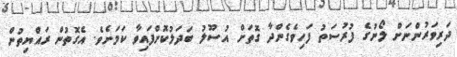
ދަރިވަރުންނަށް ލޯނުގެ ފުރުސަތު ފަހިވެގެންދާ ގޮތަށް އުސޫލު ބަދަލުކޮށްފައިވާ ކަމަށެވެ. އެގޮތުން ރައްޔިތުން